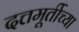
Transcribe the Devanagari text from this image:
दत्तमूर्तीच्या